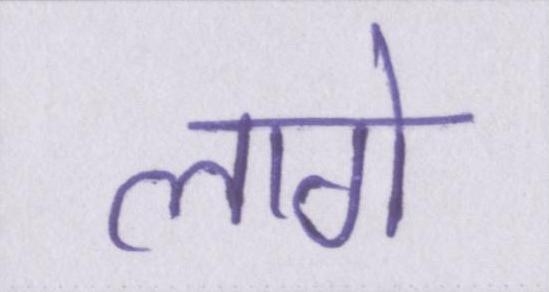
लागे